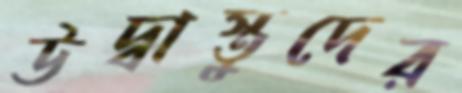
উদ্বাস্তুদের